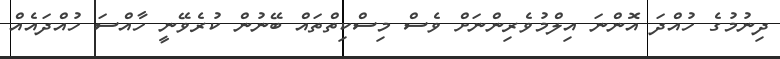
ދިނުމުގެ ހުއްދަ އޮންނަ އިލްމުވެރިންނަށް ވެސް މިސްކިތްތައް ބޭނުން ކުރެވޭނީ ހާއްސަ ހުއްދައެއް